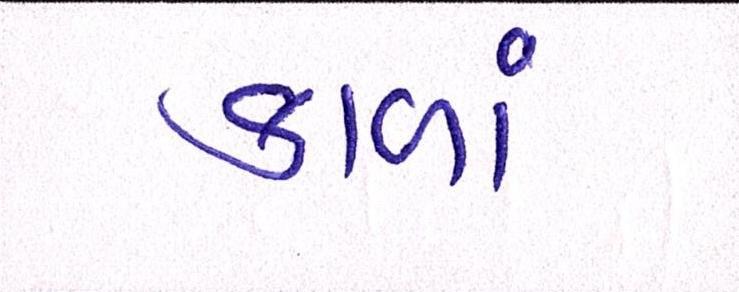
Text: કાળાં